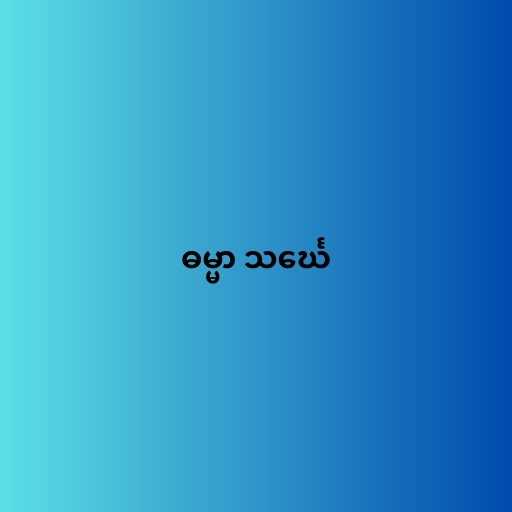
ဓမ္မာ သင်္ဃေ